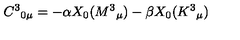
C ^ { 3 } { } _ { 0 \mu } = - \alpha X _ { 0 } ( M ^ { 3 } { } _ { \mu } ) - \beta X _ { 0 } ( K ^ { 3 } { } _ { \mu } )